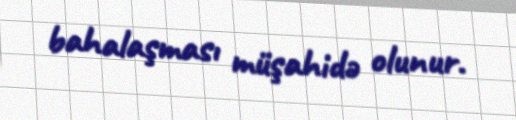
bahalaşması müşahidə olunur.